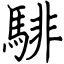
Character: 騑